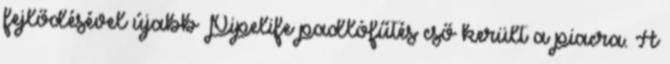
fejlődésével újabb Pipelife padlófűtés cső került a piacra. A